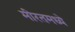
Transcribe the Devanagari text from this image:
मीरतमध्ये